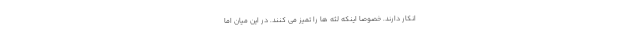
انکار دارند. خصوصا اینکه لثه ها را تمیز می کنند. در این میان اما